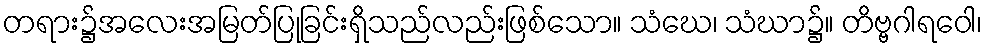
တရား၌အလေးအမြတ်ပြုခြင်းရှိသည်လည်းဖြစ်သော။ သံဃေ၊ သံဃာ၌။ တိဗ္ဗဂါရဝေါ၊